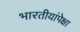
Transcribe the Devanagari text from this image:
भारतीयांपेक्षा